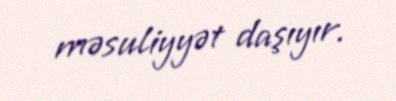
məsuliyyət daşıyır.